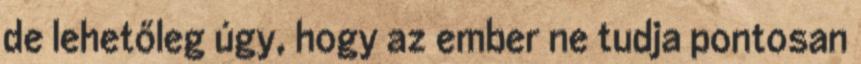
de lehetőleg úgy, hogy az ember ne tudja pontosan